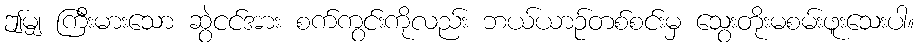
ဤမျှ ကြီးမားသော ဆွဲငင်အား စက်ကွင်းကိုလည်း ဘယ်ယာဉ်တစ်စင်းမှ သွေးတိုးမစမ်းဖူးသေးပါ။